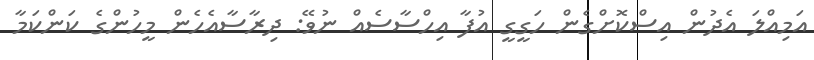
އަމިއްލަ އެދުން އިސްކޮށްގެން ހަގީގީ އުފާ އިހްސާސެއް ނުވޭ: ދިރާސާއެހެން މީހުންގެ ކަންކަމާ